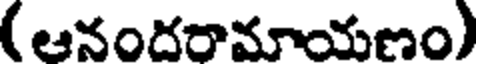
( ఆనందరామాయణం)